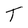
Character: T